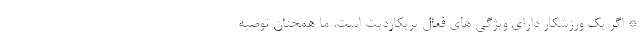
* اگر یک ورزشکار دارای ویژگی های فعال پریکاردیت است، ما همچنان توصیه